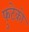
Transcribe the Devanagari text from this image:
फुटेको